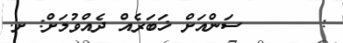
:      ސަންއަށް ޚަބަރެއް ދެއްވުމަށް: ށ.